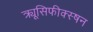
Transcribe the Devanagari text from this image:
क्र्यूसिफीक्स्षन